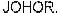
JOHOR,